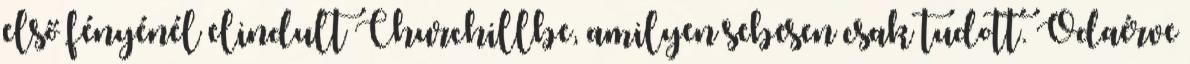
első fényénél elindult Churchillbe, amilyen sebesen csak tudott. Odaérve